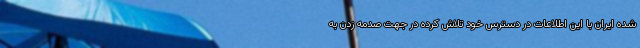
شده ایران با این اطلاعات در دسترس خود تلاش کرده در جهت صدمه زدن به